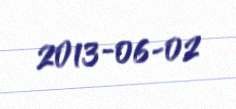
2013-06-02